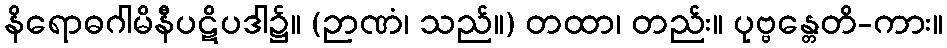
နိရောဓဂါမိနီပဋိပဒါ၌။ (ဉာဏံ၊ သည်။) တထာ၊ တည်း။ ပုဗ္ဗန္တေတိ-ကား။